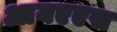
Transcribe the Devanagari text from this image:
आयएएस